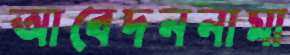
আবেদননামা